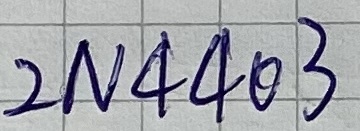
Text: 2N4403